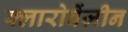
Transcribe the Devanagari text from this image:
क्लारोबेंज़ीन